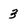
Character: 3